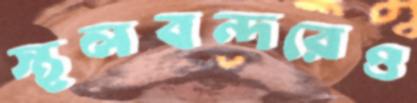
স্থলবন্দরেও